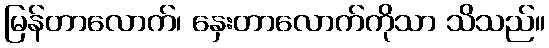
မြန်တာလောက်၊ နှေးတာလောက်ကိုသာ သိသည်။